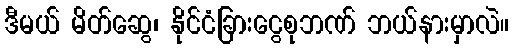
ဒီမယ် မိတ်ဆွေ၊ နိုင်ငံခြားငွေစုဘဏ် ဘယ်နားမှာလဲ။